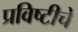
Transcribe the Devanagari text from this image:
प्रविष्टीचे